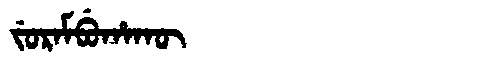
Manchu: ᠵᡠᡵᠠᠮᠪᡠᡥᠠᡴᡡ
Romanization: JURAMBUHAKŪ